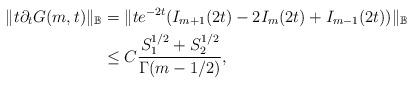
LaTeX: \begin{align*}\|t\partial_tG(m,t)\|_{\mathbb{B}}&= \|te^{-2t} (I_{m+1}(2t) - 2I_{m}(2t) + I_{m-1}(2t))\|_{\mathbb{B}}\\&\le C\frac{S_1^{1/2}+S_2^{1/2}}{\Gamma(m-1/2)},\end{align*}